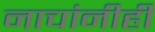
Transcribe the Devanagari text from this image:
नाचांनीही